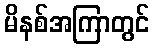
မိနစ်အကြာတွင်